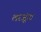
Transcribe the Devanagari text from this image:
लरजूंगा